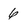
Character: 6